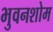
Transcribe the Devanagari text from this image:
भुवनशोम